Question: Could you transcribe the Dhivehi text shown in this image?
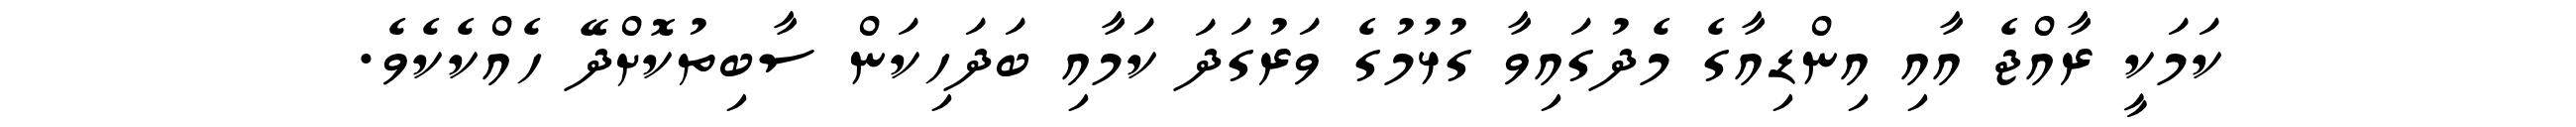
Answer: ކަމަކީ ރާއްޖެ އާއި އިންޑިއާގެ މެދުގައިވާ ގުޅުމުގެ ވަރުގަދަ ކަމާއި ބަދަހިކަން ސާބިތުކޮށްދޭ ހެއްކެކެވެ.